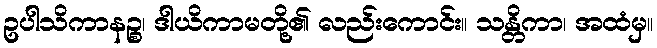
ဥပါသိကာနဉ္စ၊ ဒါယိကာမတို့၏ လည်းကောင်း။ သန္တိကာ၊ အထံမှ။